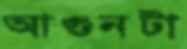
আগুনটা